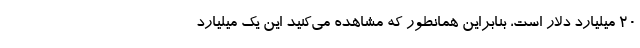
۲۰ میلیارد دلار است، بنابراین همانطور که مشاهده می‌کنید این یک میلیارد